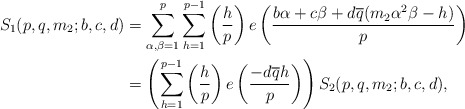
\begin{align*}S_1(p,q,m_2;b,c,d)&=\displaystyle\sum_{\alpha,\beta=1}^{p}\displaystyle\sum_{h=1}^{p-1}\left(\dfrac{h}{p}\right)e\left(\dfrac{b\alpha+c\beta+d\overline{q}(m_2\alpha^2\beta-h)}{p}\right)\\&=\left(\displaystyle\sum_{h=1}^{p-1}\left(\dfrac{h}{p}\right)e\left(\dfrac{-d\overline{q}h}{p}\right)\right)S_2(p,q,m_2;b,c,d),\end{align*}